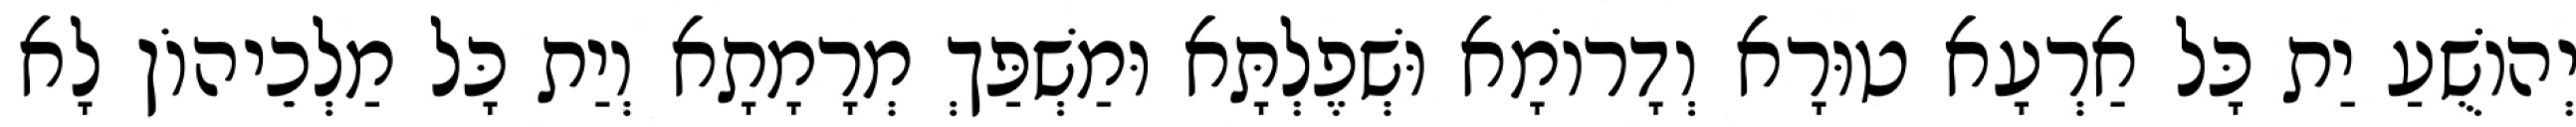
יְהוֹשֻׁעַ יַת כָּל אַרְעָא טוּרָא וְדָרוֹמָא וּשְׁפֶלְתָּא וּמַשְׁפַּךְ מְרָמָתָא וְיַת כָּל מַלְכֵיהוֹן לָא